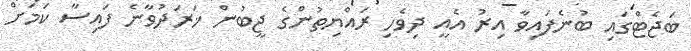
ބަޖެޓްގައި ބުނެފައިވާ އިރު އެއީ ދިވެހި ރައްޔިތުންގެ ޖީބުން ޚަރަދުވާނެ ފައިސާ ކަމަށް